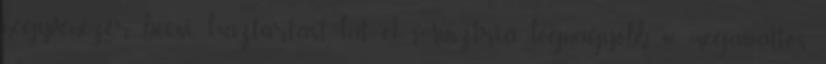
negyvenezer bécsi háztartást lát el Ausztria legnagyobb 40 megawattos